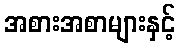
အစားအစာများနှင့်